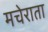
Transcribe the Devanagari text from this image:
मचेराता